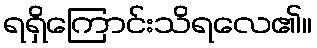
ရရှိကြောင်းသိရလေ၏။